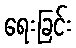
ရေးခြင်း